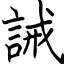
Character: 誡